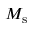
M _ { \mathrm { s } }